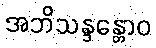
အဘိသန္ဒန္တောဝ